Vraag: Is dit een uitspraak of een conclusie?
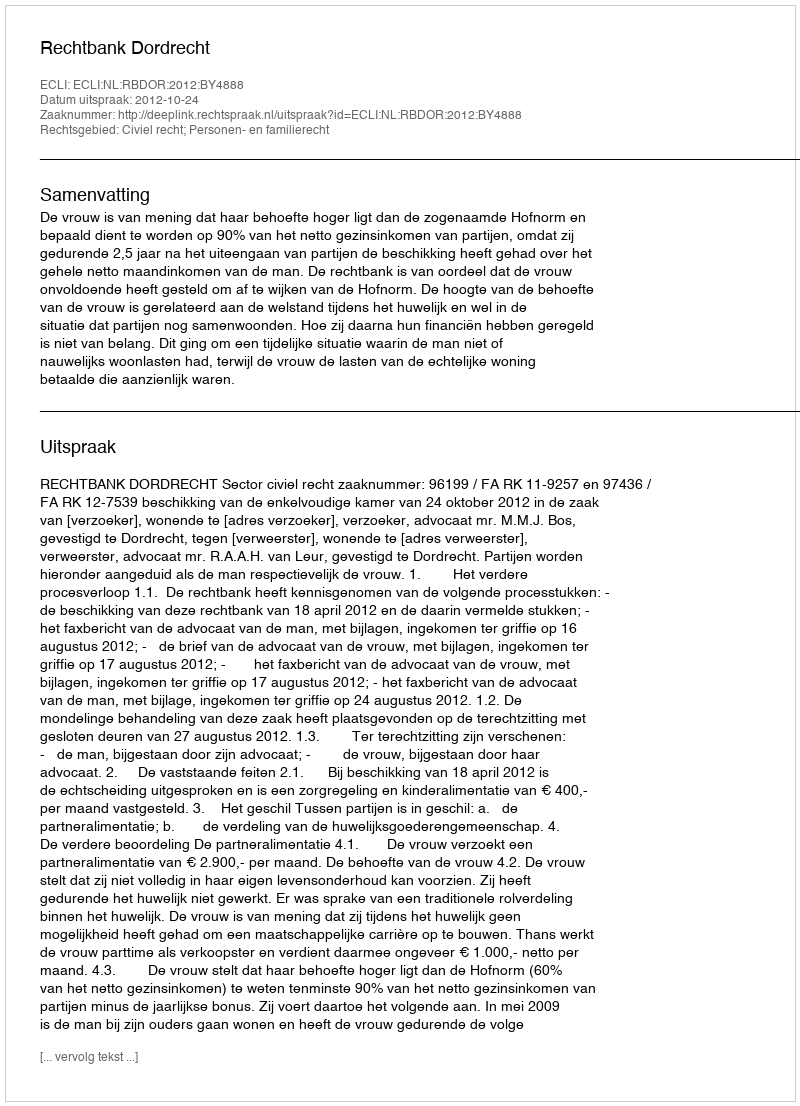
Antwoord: Uitspraak